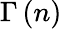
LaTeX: \Gamma\left(n\right)